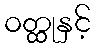
ဝတ္ထုနှင့်